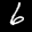
Label: 6